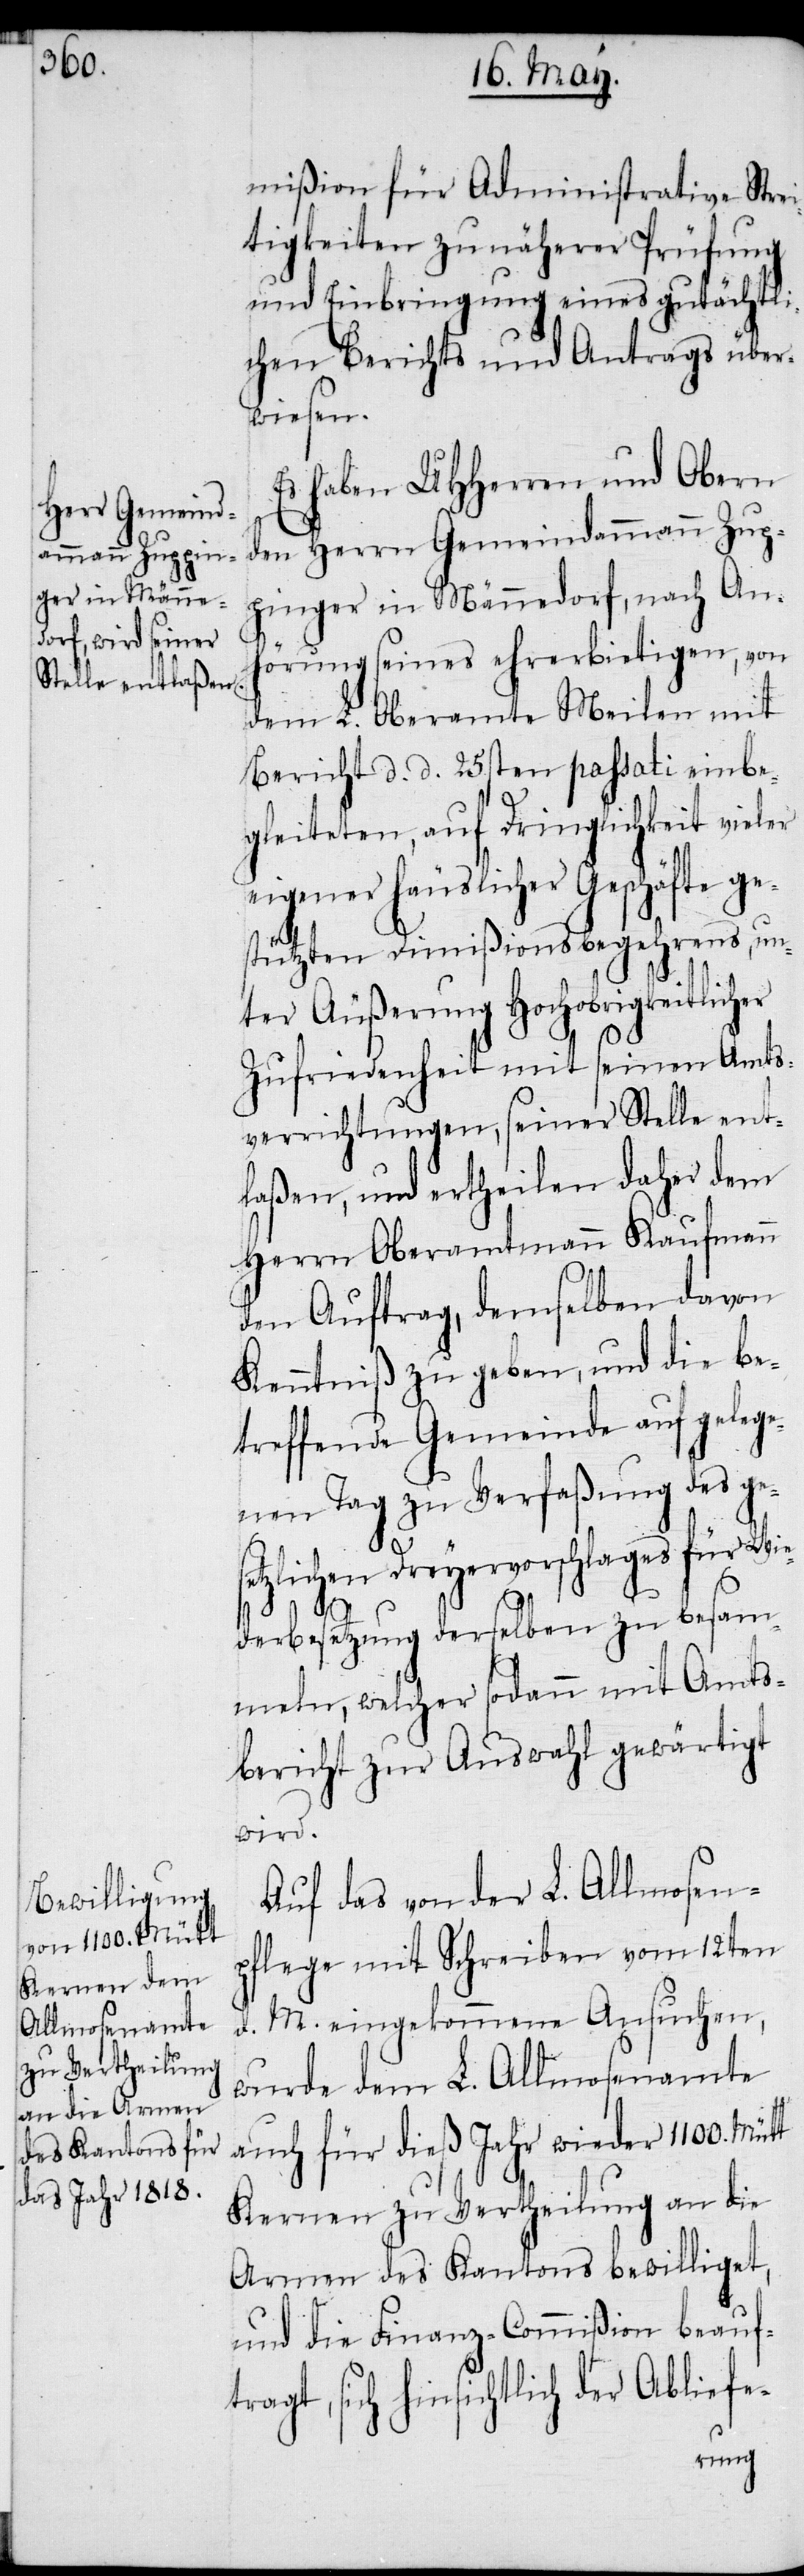
mißion für Administrative Strei¬
tigkeiten zu näherer Prüfung
und Einbringung eines gutächtli¬
chen Berichts und Antrags über¬
wiesen.
Es haben UHHerren und Obern
den Herrn Gemeindammann Zup¬
pinger in Männedorf, nach An¬
hörung seines ehrerbietigen, von
dem L. Oberamte Meilen mit
Bericht d. d. 25sten passati einbe¬
gleiteten, auf Dringlichkeit vieler
eigener häuslicher Geschäfte ge¬
stützten Dimißionsbegehrens, un¬
ter Äußerung Hochobrigkeitlich¬
Zufriedenheit mit seinen Amts¬
verrichtungen, seiner Stelle ent¬
laßen, und ertheilen daher dem
Herrn Oberamtmann Kaufmann
den Auftrag, demselben davon
Kenntniß zu geben, und die be¬
treffende Gemeinde auf gelege¬
nen Tag zu Verfaßung des ge¬
tzlichen Dreyervorschlages für W¬
iederbesetzung derselben zu besam¬
meln, welcher sodann mit Amts¬
bericht zur Auswahl gewärtigt
wird.
Auf das von der L. Allmosen¬
pflege mit Schreiben vom 12ten
d. M. eingekommene Ansuchen,
wurde dem L. Allmosenamte
auch für dieß Jahr wieder 1100. Mütt
Kernen zu Vertheilung an die
Armen des Kantons bewilliget,
und die Finanz-Commißion beauf¬
tragt, sich hinsichtlich der Abliefe-